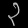
Digit: ၃